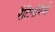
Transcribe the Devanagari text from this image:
रैटिनोपैथी